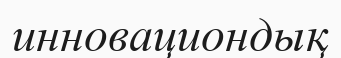
инновациондық